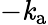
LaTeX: -\mathit{k}_{\mathrm{{a}}}